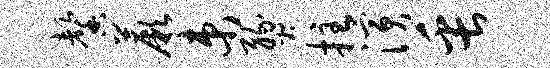
馨蕨束燹拄演缶